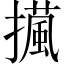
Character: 𢶻